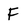
Character: F